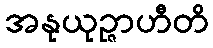
အနုယုဉ္ဇာဟီတိ